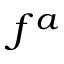
f ^ { a }